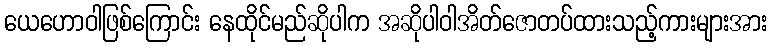
ယေဟောဝါဖြစ်ကြောင်း နေထိုင်မည်ဆိုပါက အဆိုပါဝါအိတ်ဇောတပ်ထားသည့်ကားများအား